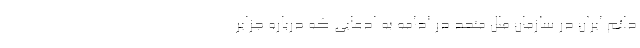
دائم ایران در سازمان ملل متحد در ادامه به ادعایی که درباره جزایر